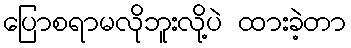
ပြောစရာမလိုဘူးလို့ပဲ ထားခဲ့တာ